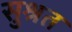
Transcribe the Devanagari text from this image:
सुश्रत